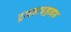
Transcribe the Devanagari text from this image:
ट्राइहाइड्राइड